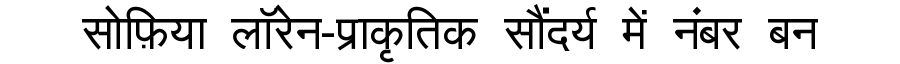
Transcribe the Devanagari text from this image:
सोफ़िया लॉरेन-प्राकृतिक सौंदर्य में नंबर बन